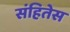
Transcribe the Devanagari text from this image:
संहितेस